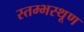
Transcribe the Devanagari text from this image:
स्तम्भस्थूण